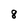
Character: 8